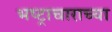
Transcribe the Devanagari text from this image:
भष्ट्राचाराच्या